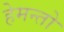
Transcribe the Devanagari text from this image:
हेमन्तो